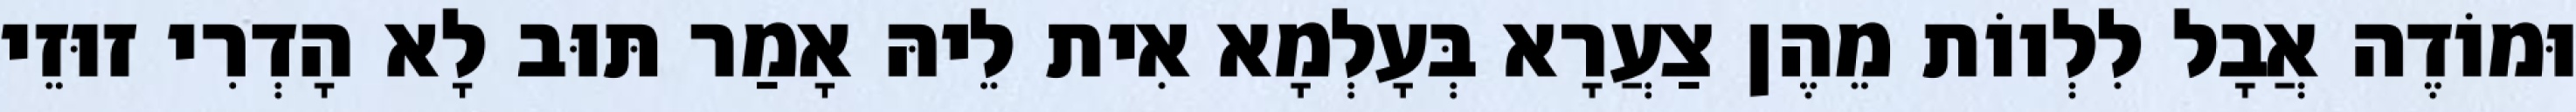
וּמוֹדֶה אֲבָל לִלְווֹת מֵהֶן צַעֲרָא בְּעָלְמָא אִית לֵיהּ אָמַר תּוּב לָא הָדְרִי זוּזֵי